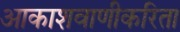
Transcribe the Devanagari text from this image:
आकाशवाणीकरिता